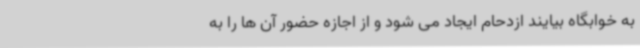
به خوابگاه بیایند ازدحام ایجاد می شود و از اجازه حضور آن ها را به